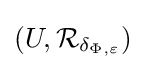
(U,{\mathcal {R}}_{\delta _{\Phi ,\varepsilon }})